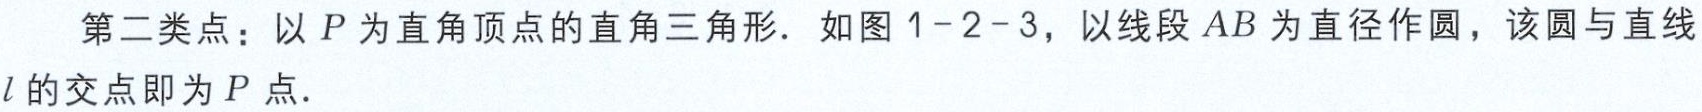
第二类点：以\(P\)为直角顶点的直角三角形. 如图1 - 2 - 3，以线段\(AB\)为直径作圆，该圆与直线\(l\)的交点即为\(P\)点.